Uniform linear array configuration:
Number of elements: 32
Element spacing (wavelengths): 1
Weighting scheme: binomial
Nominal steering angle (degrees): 0
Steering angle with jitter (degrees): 0.09046
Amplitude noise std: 0.05
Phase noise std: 0.05

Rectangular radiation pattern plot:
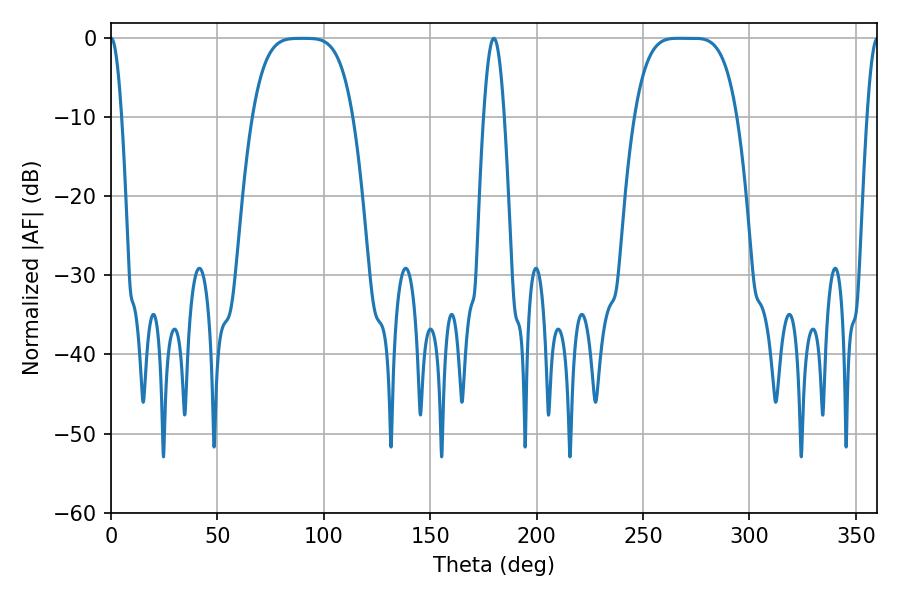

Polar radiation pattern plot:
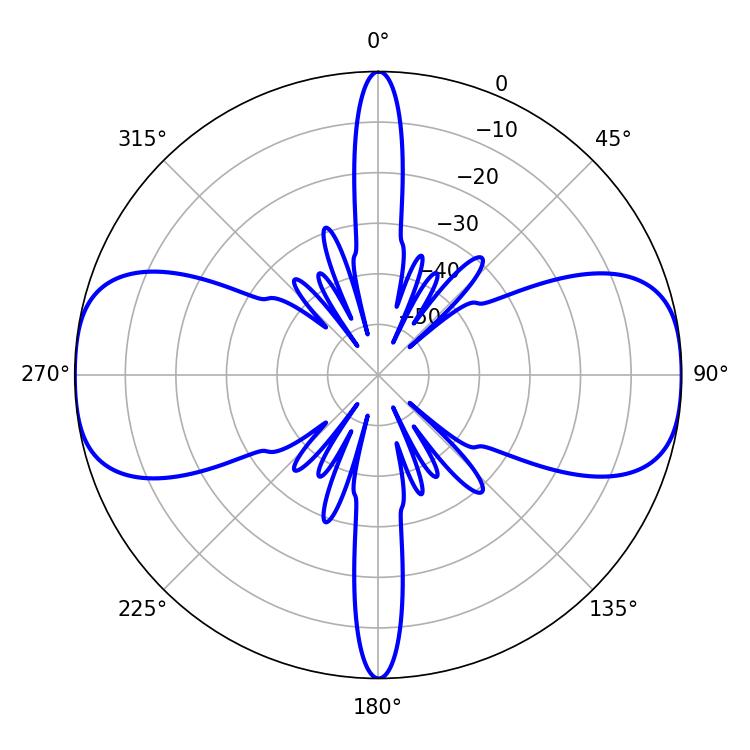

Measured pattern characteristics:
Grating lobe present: TRUE
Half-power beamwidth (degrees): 35.64
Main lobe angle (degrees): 266.58